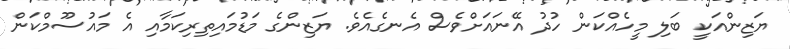
ޔަޒިންއަކީ ބަލި މީހެއްކަން ހުދު އޭނައަށްވެސް އެނގެއެވެ. ޔަޒިންގެ މަޑުމައިތިރިކަމާއި އެ މައުސޫމްކަން